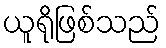
ယူရိုဖြစ်သည်